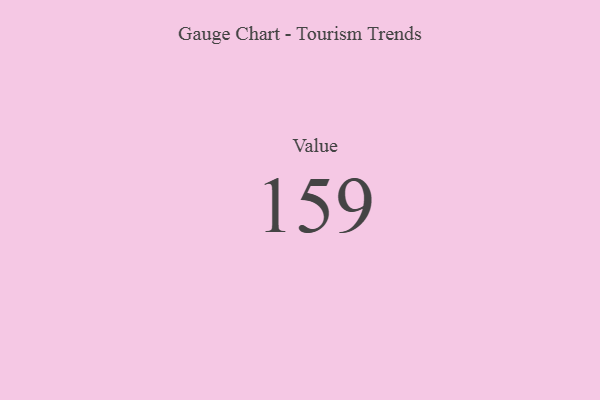
{"axis": {"x": "Metric", "y": "Value"}, "legend": [""], "data": [{"x": "Value", "y": 159, "type": ""}]}